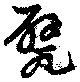
甓